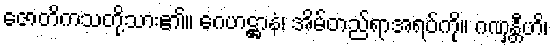
ဇောတိကသတို့သား၏။ ဂေဟဋ္ဌာနံ၊ အိမ်တည်ရာအရပ်ကို။ ဂဏှန္တီဟိ၊